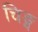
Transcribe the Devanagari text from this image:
चिङ्ग